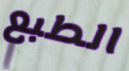
الطبع